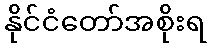
နိုင်ငံတော်အစိုးရ